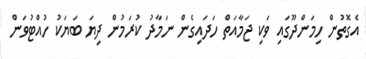
އެގޮތުން ހިމަންދޫގައި ވަކި ޖަމާއަތް ހަދައިގެން ނަމާދު ކުރަމުން ދިޔަ ބަޔަކު ހުއްޓުވަން